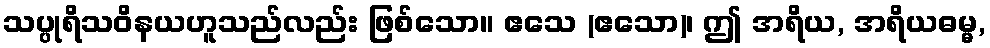
သပ္ပုရိသဝိနယဟူသည်လည်း ဖြစ်သော။ ဧသေ (ဧသော)၊ ဤ အရိယ, အရိယဓမ္မ,